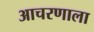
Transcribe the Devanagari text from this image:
आचरणाला